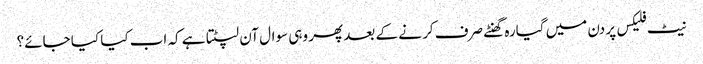
نیٹ فلیکس پر دن میں گیارہ گھنٹے صرف کر نے کے بعد پھر وہی سوال آن لپٹتا ہے کہ اب کیا کیا جائے؟